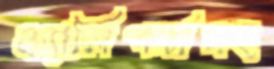
ক্যালিপার্সসহ